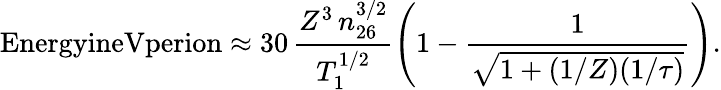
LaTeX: \textrm{EnergyineVperion}\approx 30\, \frac{Z^{3}\, n_{26}^{3/2}}{T_{1}^{1/2}}\left(1-\frac{1}{\sqrt{1+(1/Z)(1/\tau)}}\right).